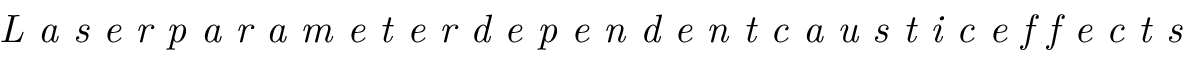
\textit { L a s e r p a r a m e t e r d e p e n d e n t c a u s t i c e f f e c t s }